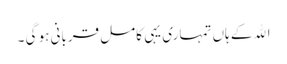
اﷲ کے ہاں تمہاری یہی کامل قربانی ہو گی ۔